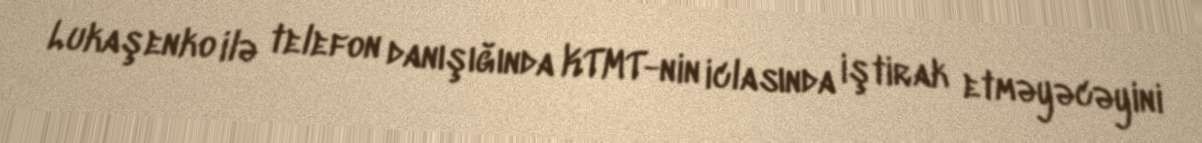
Lukaşenko ilə telefon danışığında KTMT-nin iclasında iştirak etməyəcəyini